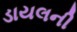
ડાયલની